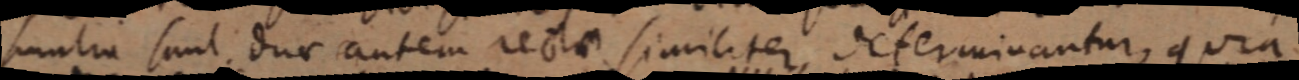
similia sunt duae antem rectae similiter, determinantur, quia